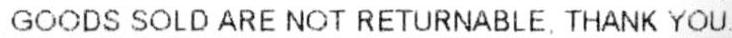
GOODS SOLD ARE NOT RETURNABLE, THANK YOU